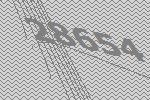
28654